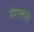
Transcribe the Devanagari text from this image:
मेंगलोरी